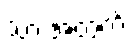
သားအတွက်